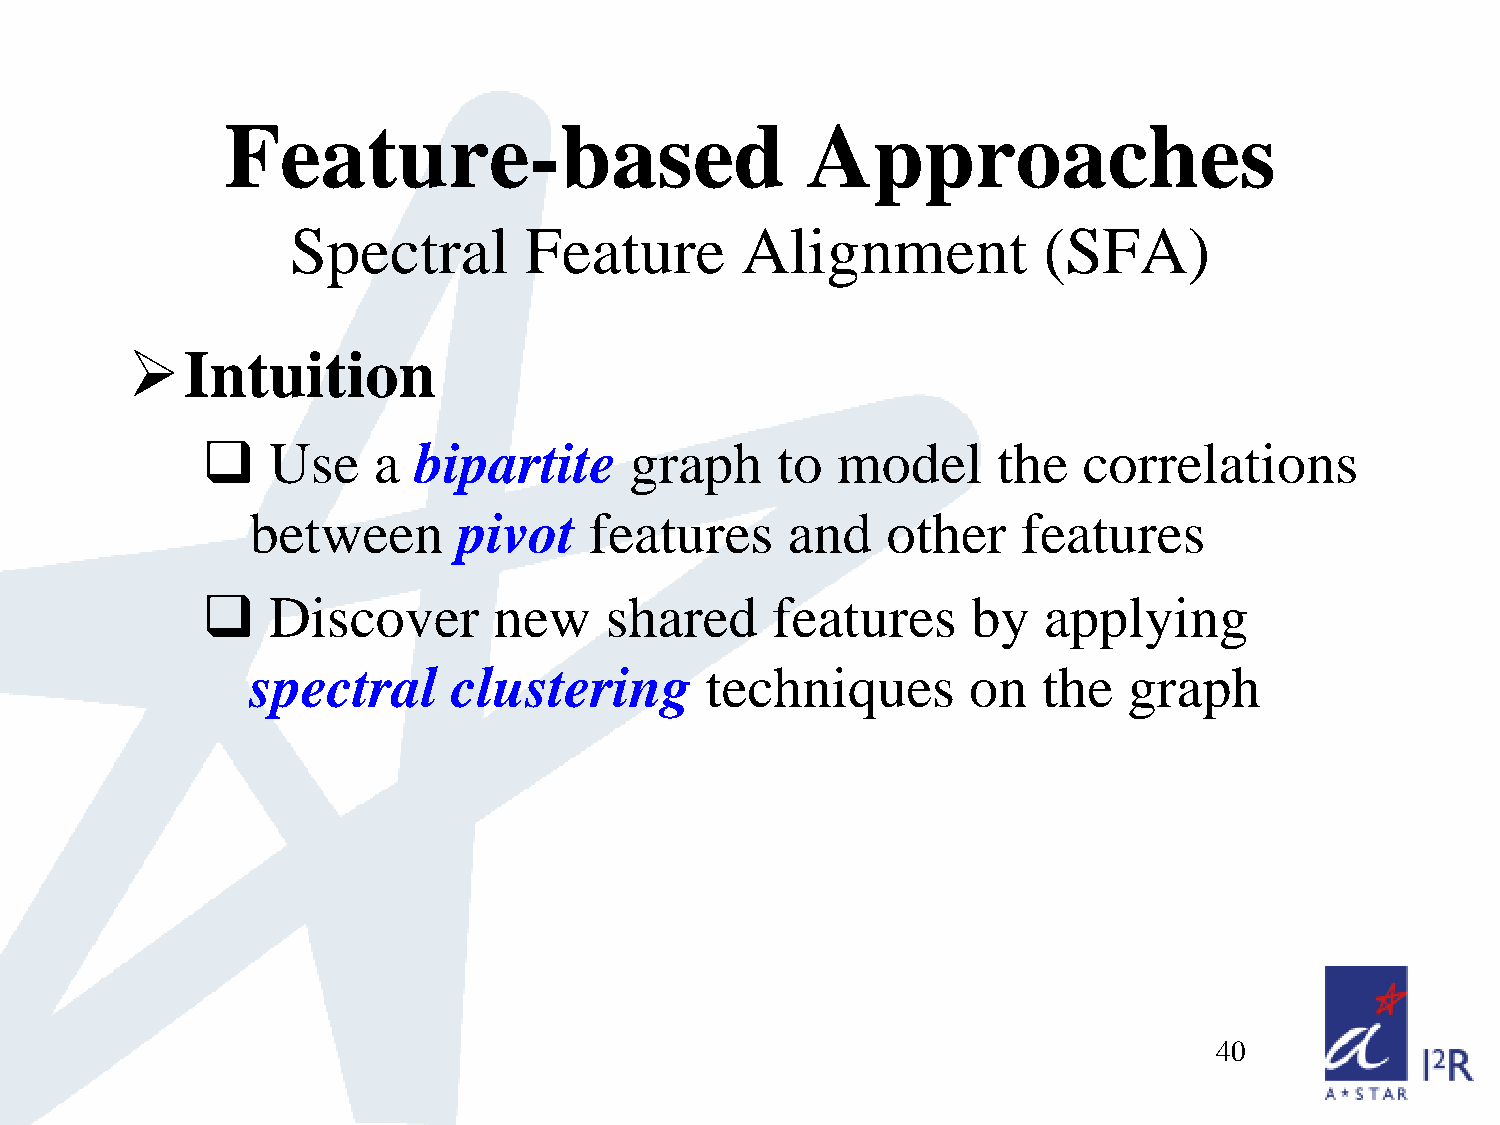
Feature-based                         Approaches
 Spectral        Feature       Alignment           (SFA)
 
 Intuition
     Use    a bipartite      graph    to  model      the   correlations
 between      pivot    features     and    other    features
     Discover       new    shared     features     by   applying
 spectral     clustering       techniques       on   the   graph
 40